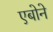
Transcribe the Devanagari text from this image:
एबोने